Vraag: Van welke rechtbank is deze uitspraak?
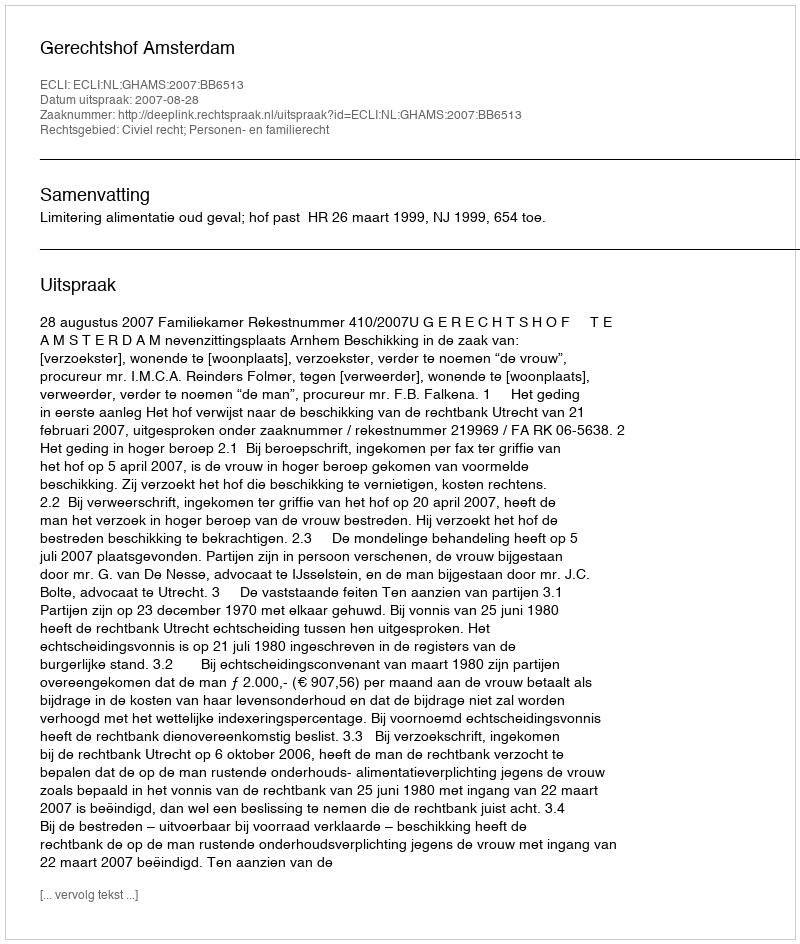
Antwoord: Gerechtshof Amsterdam